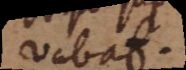
vabat.